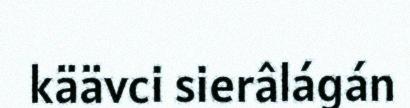
käävci sierâlágán